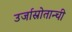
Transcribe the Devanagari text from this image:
उर्जास्रोतान्ची